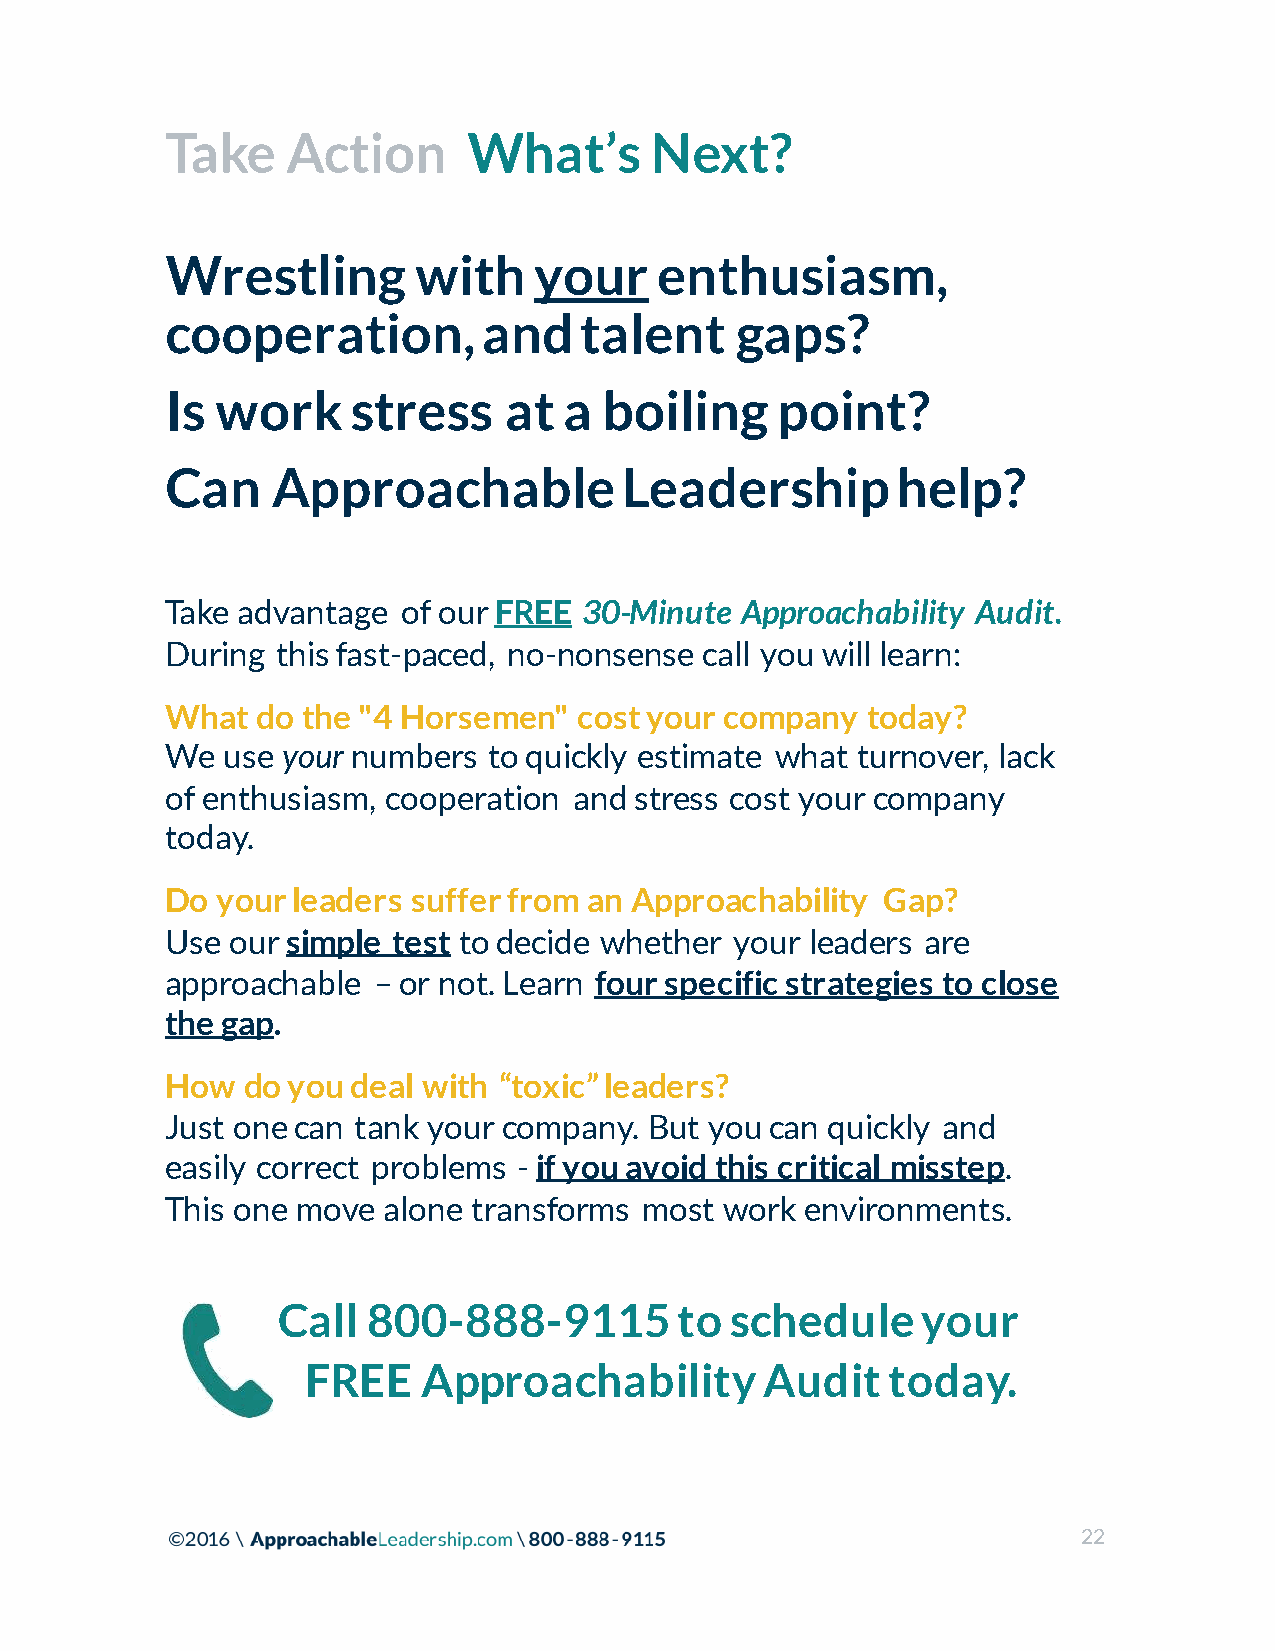
Take    Action      What’s      Next?
 Wrestling        with   your     enthusiasm,
 cooperation,         and   talent     gaps?
 Is work     stress    at  a  boiling    point?
 Can    Approachable           Leadership        help?
 Take advantage  of our FREE 30-Minute Approachability Audit.
 During this fast-paced, no-nonsense call you will learn:
 What  do the "4 Horsemen"  cost your company  today?
 We  use your numbers to quickly estimate what turnover, lack
 of enthusiasm, cooperation and stress cost your company
 today.
 Do your leaders suffer from an Approachability  Gap?
 Use our simple test to decide whether your leaders are
 approachable  – or not. Learn four specific strategies to close
 the gap.
 How  do you deal with “toxic” leaders?
 Just one can tank your company. But you can quickly and
 easily correct problems - if you avoid this critical misstep.
 This one move alone transforms  most work environments.
 Call  800-888-9115         to schedule     your
 FREE    Approachability        Audit   today.
 22